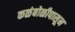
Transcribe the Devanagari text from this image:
कळंबोळीपासून